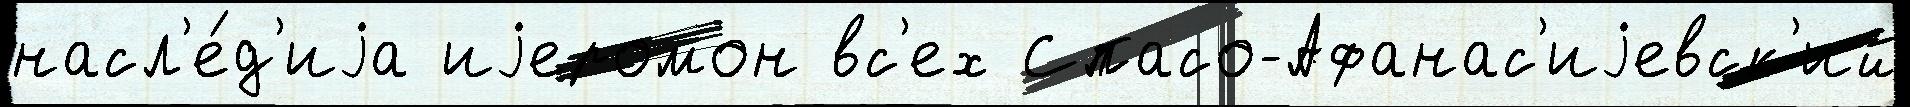
насл'е́д'иjа иjеромон вс'ех Спасо-Афанас'иjевск'ий